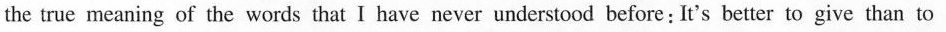
the true meaning of the words that I have neve understood before:It's better to give than to